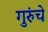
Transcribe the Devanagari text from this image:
गुरुंचे